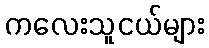
ကလေးသူငယ်များ